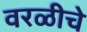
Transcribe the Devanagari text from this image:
वरळीचे